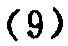
$(9)$